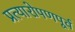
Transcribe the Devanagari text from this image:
प्रत्यारोपणपूर्व